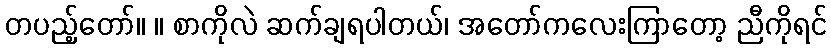
တပည့်တော်။ ။ စာကိုလဲ ဆက်ချရပါတယ်၊ အတော်ကလေးကြာတော့ ညီကိုရင်